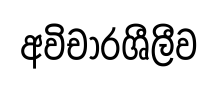
අවිචාරශීලීව